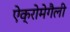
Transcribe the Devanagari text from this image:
ऐक्रोमेगैली